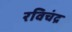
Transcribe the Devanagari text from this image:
रविचंद्र